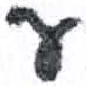
אות: ע